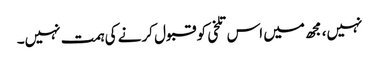
نہیں، مجھ میں اس تلخی کو قبول کرنے کی ہمت نہیں۔